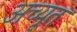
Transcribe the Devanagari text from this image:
अच्यूत